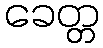
ခေတ္တ